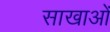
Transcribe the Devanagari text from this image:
साखाओं